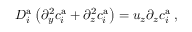
D _ { i } ^ { \mathrm { a } } \left( \partial _ { y } ^ { 2 } c _ { i } ^ { \mathrm { a } } + \partial _ { z } ^ { 2 } c _ { i } ^ { \mathrm { a } } \right) = u _ { z } \partial _ { z } c _ { i } ^ { \mathrm { a } } \; ,